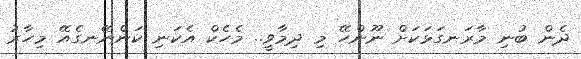
ދެން ބުނި މާރަނގަޅަކަށް ނޫންހޭ މި ދިމާވީ.. މެހެކް އެކަނި ކަންނޭނގެއޭ މިހާރު